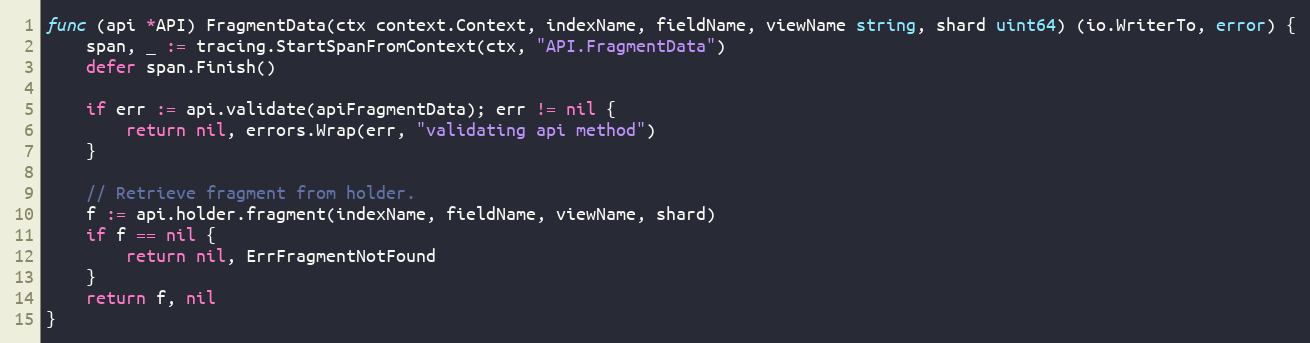
Language: Go
func (api *API) FragmentData(ctx context.Context, indexName, fieldName, viewName string, shard uint64) (io.WriterTo, error) {
	span, _ := tracing.StartSpanFromContext(ctx, "API.FragmentData")
	defer span.Finish()

	if err := api.validate(apiFragmentData); err != nil {
		return nil, errors.Wrap(err, "validating api method")
	}

	// Retrieve fragment from holder.
	f := api.holder.fragment(indexName, fieldName, viewName, shard)
	if f == nil {
		return nil, ErrFragmentNotFound
	}
	return f, nil
}